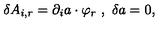
\delta A _ { i , r } = \partial _ { i } a \cdot \varphi _ { r } \ , \ \delta a = 0 ,